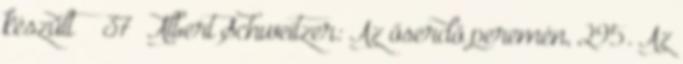
készült 37 Albert Schweitzer: Az őserdő peremén, 295. Az